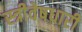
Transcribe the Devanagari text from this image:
स्त्रीवेषधारी